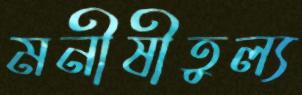
মনীষীতুল্য